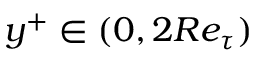
y ^ { + } \in ( 0 , 2 R e _ { \tau } )